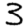
Digit: 3